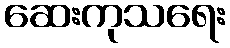
ဆေးကုသရေး